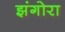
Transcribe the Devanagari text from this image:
झंगोरा